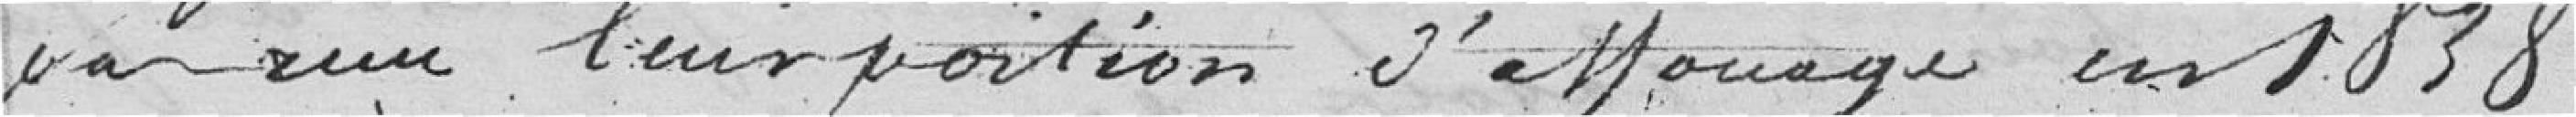
par reçu leur portion d'affouage en 1838